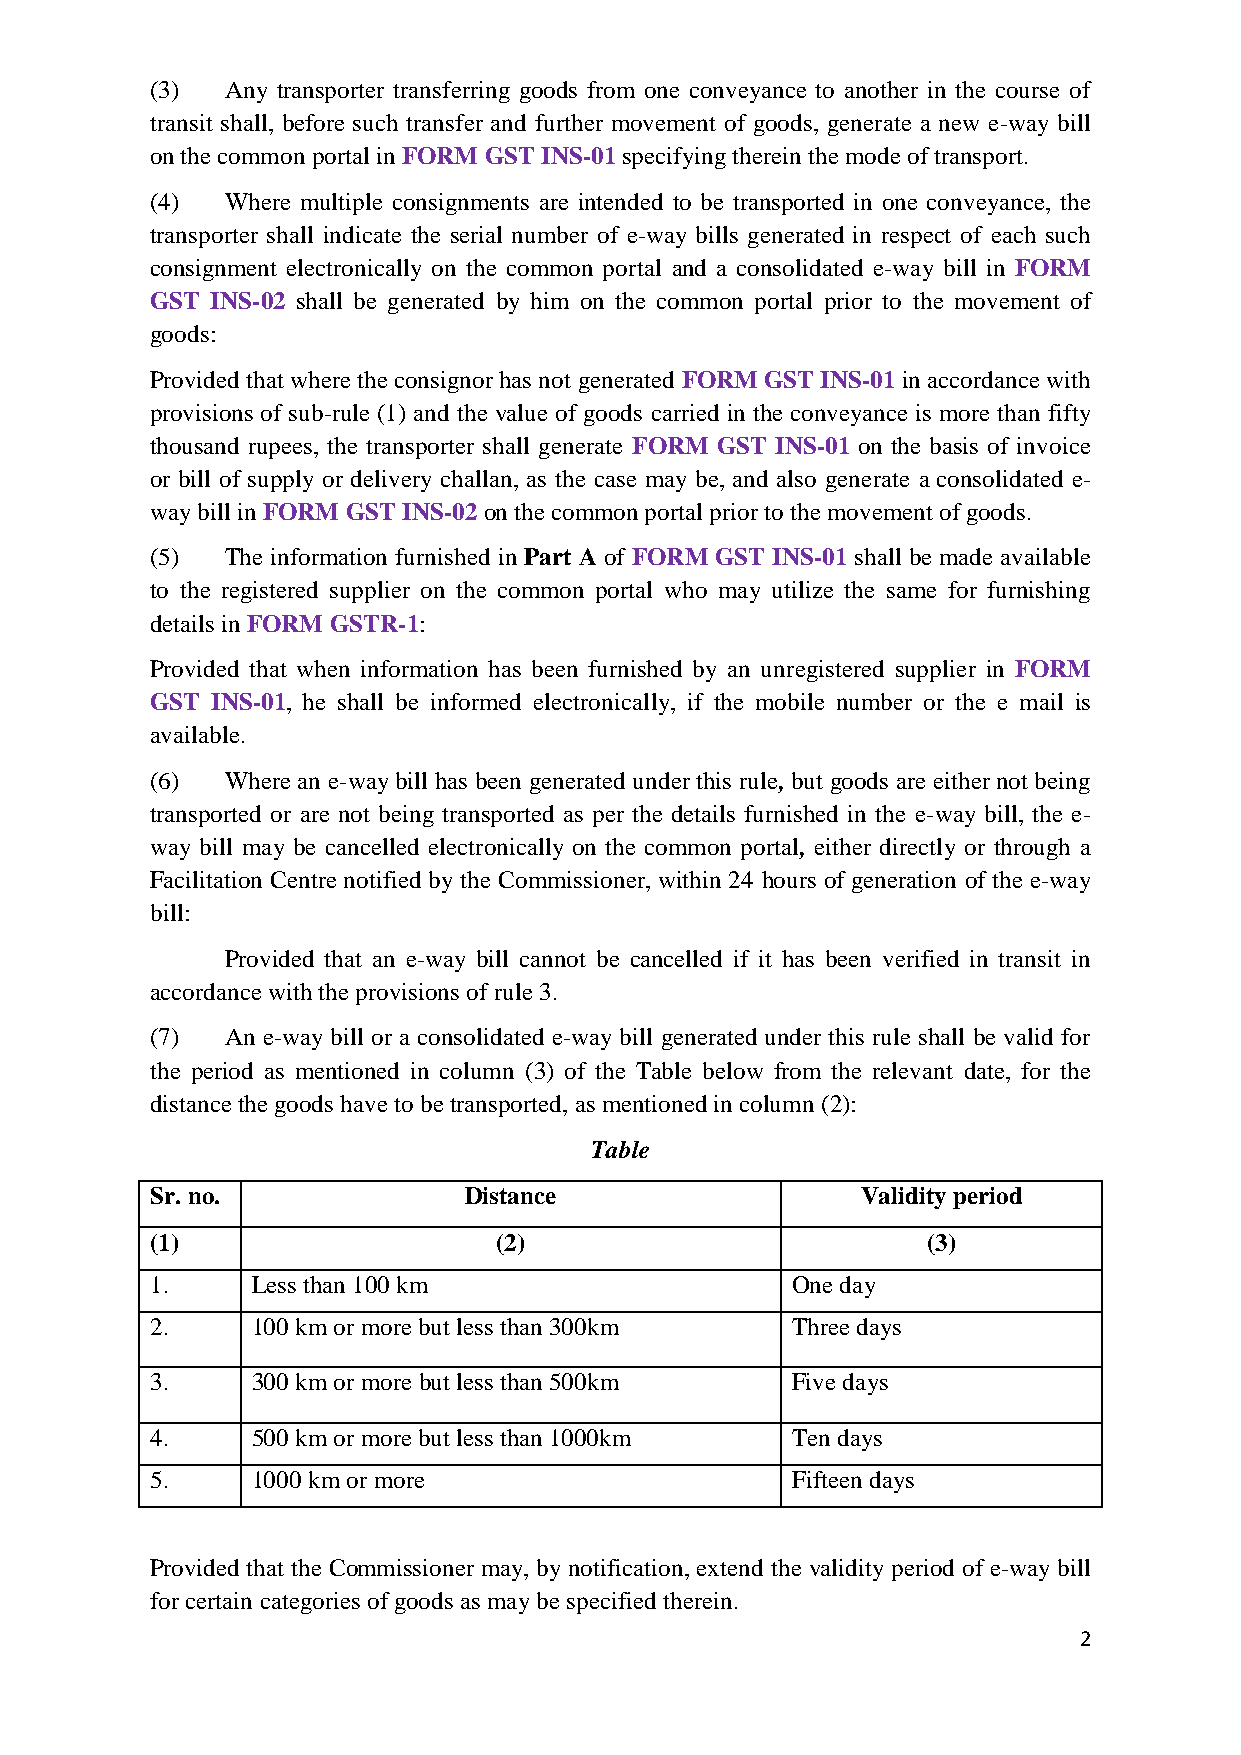
(3)  Any transporter transferring goods from one conveyance to another in the course of
 transit shall, before such transfer and further movement of goods, generate a new e-way bill
 on the common portal in FORM GST INS-01 specifying therein the mode of transport.
 (4)  Where multiple consignments are intended to be transported in one conveyance, the
 transporter shall indicate the serial number of e-way bills generated in respect of each such
 consignment electronically on the common portal and a consolidated e-way bill in FORM
 GST INS-02 shall be generated by him on the common portal prior to the movement of
 goods:
 Provided that where the consignor has not generated FORM GST INS-01 in accordance with
 provisions of sub-rule (1) and the value of goods carried in the conveyance is more than fifty
 thousand rupees, the transporter shall generate FORM GST INS-01 on the basis of invoice
 or bill of supply or delivery challan, as the case may be, and also generate a consolidated e-
 way bill in FORM GST INS-02 on the common portal prior to the movement of goods.
 (5)  The information furnished in Part A of FORM GST INS-01 shall be made available
 to the registered supplier on the common portal who may utilize the same for furnishing
 details in FORM GSTR-1:
 Provided that when information has been furnished by an unregistered supplier in FORM
 GST INS-01, he shall be informed electronically, if the mobile number or the e mail is
 available.
 (6)  Where an e-way bill has been generated under this rule, but goods are either not being
 transported or are not being transported as per the details furnished in the e-way bill, the e-
 way bill may be cancelled electronically on the common portal, either directly or through a
 Facilitation Centre notified by the Commissioner, within 24 hours of generation of the e-way
 bill:
 Provided that an e-way bill cannot be cancelled if it has been verified in transit in
 accordance with the provisions of rule 3.
 (7)  An e-way bill or a consolidated e-way bill generated under this rule shall be valid for
 the period as mentioned in column (3) of the Table below from the relevant date, for the
 distance the goods have to be transported, as mentioned in column (2):
 Table
 Sr. no.              Distance                  Validity period
 (1)                    (2)                         (3)
 1.     Less than 100 km                   One day
 2.     100 km or more but less than 300km Three days
 3.     300 km or more but less than 500km Five days
 4.     500 km or more but less than 1000km Ten days
 5.     1000 km or more                    Fifteen days
 Provided that the Commissioner may, by notification, extend the validity period of e-way bill
 for certain categories of goods as may be specified therein.
 2